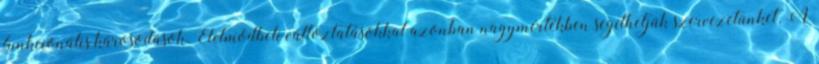
funkcionális károsodások. Életmódbeli változtatásokkal azonban nagymértékben segíthetjük szervezetünket. A